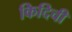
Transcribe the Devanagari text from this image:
किदिची